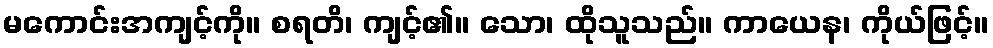
မကောင်းအကျင့်ကို။ စရတိ၊ ကျင့်၏။ သော၊ ထိုသူသည်။ ကာယေန၊ ကိုယ်ဖြင့်။